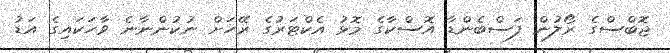
ޖޮބްސްގެ ރޯލުން ފަސްބެންޑާ އޮސްކާގެ މޮޅު އެކްޓަރުގެ ރޭހަށް ނުކުންނާނެ ވާހަކައިގެ އަޑު